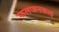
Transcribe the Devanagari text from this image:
फलजनकत्वं